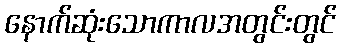
နောက်ဆုံးသောကာလအတွင်းတွင်